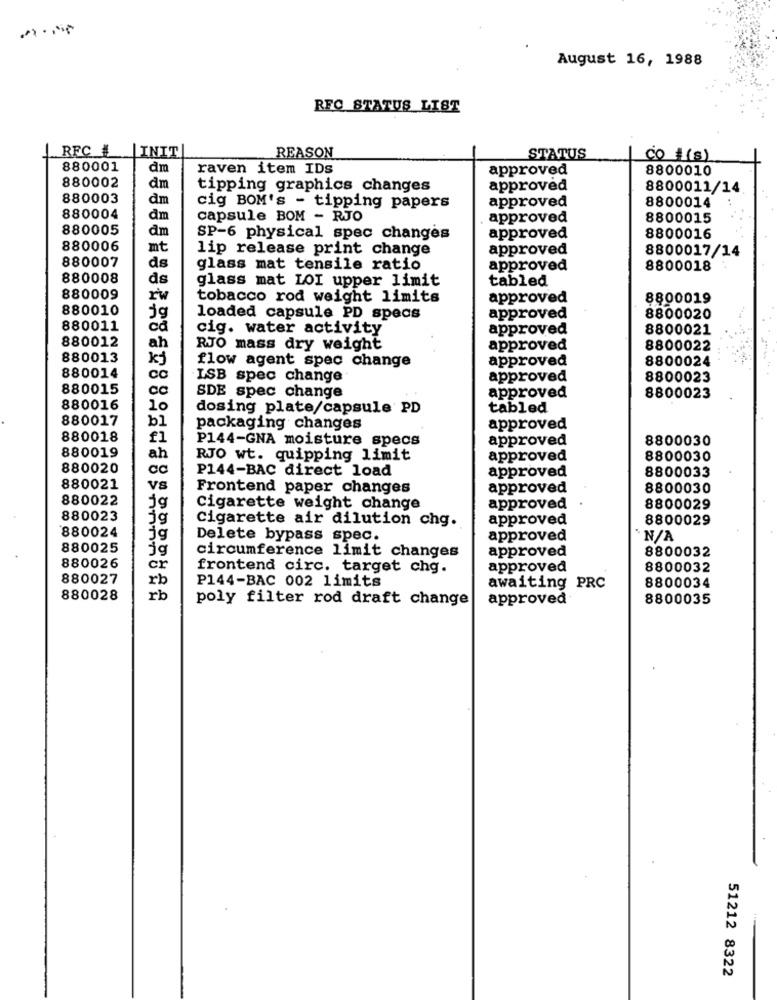
August 16, 1988
RFC_STATUS_LIST
RFC
LINIT
REASON
STATUS
CO #(s)
880001
dm
raven item IDs
approved
8800010
880002
dm
tipping graphics changes
approved
8800011/14
880003
dm
approved
8800014
cig BOM's - tipping papers
880004
dm
capsule BOM - RJO
approved
8800015
880005
dm
SP-6 physical spec changes
approved
8800016
880006
mt
lip release print change
approved
8800017/14
880007
ds
glass mat tensile ratio
approved
8800018
880008
ds
glass mat LOI upper limit
tabled
880009
tobacco rod weight limits
approved
8800019
880010
jg
loaded capsule PD specs
approved
8800020
880011
ca
cig. water activity
approved
8800021
880012
ah
RJO mass dry weight
approved
8800022
880013
kj
flow agent spec change
approved
8800024
880014
CC
ISB spec change
approved
8800023
880015
SDE spec change
approved
8800023
880016
10
dosing plate/capsule PD
tabled
880017
b1
packaging changes
approved
880018
fl
P144-GNA moisture specs
approved
8800030
880019
ah
RJO wt. quipping limit
approved
8800030
880020
P144-BAC direct load
approved
8800033
880021
VS
Frontend paper changes
approved
8800030
880022
jg
Cigarette weight change
approved
8800029
880023
ig
Cigarette air dilution chg.
approved
8800029
880024
Delete bypass spec.
approved
*N/A
880025
ig
circumference limit changes
approved
8800032
880026
cr
frontend circ. target chg.
approved
8800032
880027
rb
P144-BAC 002 limits
awaiting PRC
8800034
880028
rb
poly filter rod draft change
approved
8800035
51212 8322